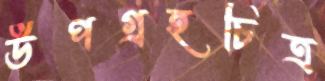
উপগ্রহচিত্র